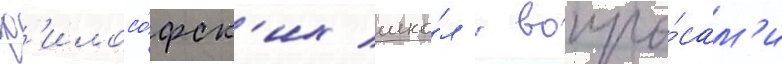
ф'илосо́фск'их шко́л с вопро́сам'и